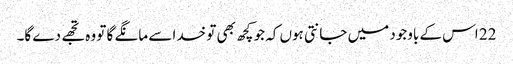
22 اس کے باوجود میں جانتی ہوں کہ جو کچھ بھی تو خدا سے مانگے گا تو وہ تجھے دے گا۔